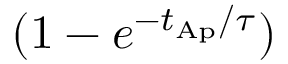
( 1 - e ^ { - { t _ { \mathrm { A p } } } / { \tau } } )